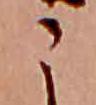
こ